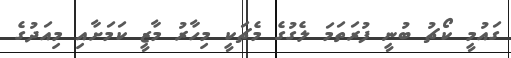
ގައުމީ ކޯޗު ބުނީ ފުރަތަމަ ލެގުގެ މެޗަކީ މިހާރު މާޒީ ކަމަށާއި މިއަދުގެ